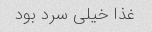
غذا خیلی سرد بود